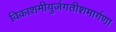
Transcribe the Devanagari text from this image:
विकाशमीयुर्जगतीशमार्गणा